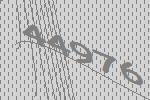
44976